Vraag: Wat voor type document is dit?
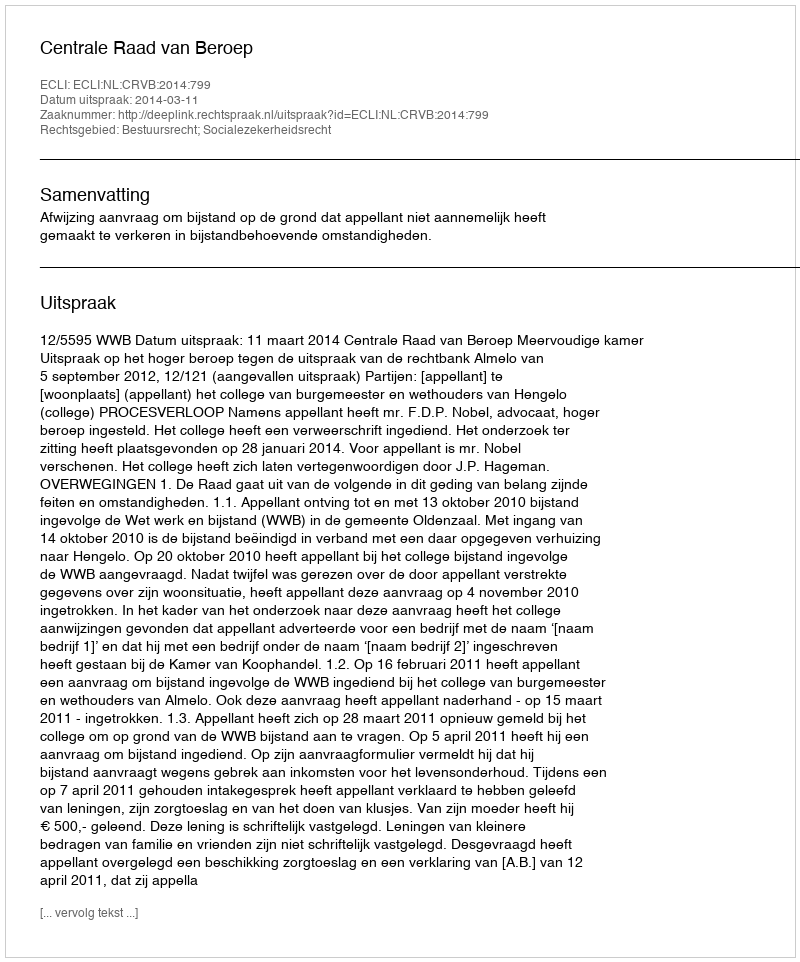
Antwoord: Uitspraak